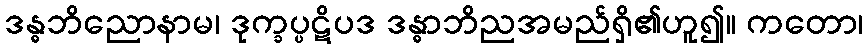
ဒန္ဓဘိညောနာမ၊ ဒုက္ခပ္ပဋိပဒ ဒန္ဓာဘိညအမည်ရှိ၏ဟူ၍။ ကတော၊